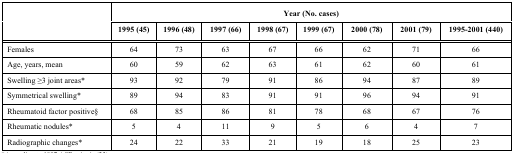
| <ROWSPAN=2>  | <COLSPAN=8> Year (No. cases) |
 | 1995 (45) | 1996 (48) | 1997 (66) | 1998 (67) | 1999 (67) | 2000 (78) | 2001 (79) | 1995-2001 (440) |
 | --- | --- | --- | --- | --- | --- | --- | --- | --- |
 | Female | 64 | 73 | 63 | 67 | 66 | 62 | 71 | 66 |
 | Age, years, mean | 60 | 59 | 62 | 63 | 61 | 62 | 60 | 61 |
 | Swelling ≥3 joint areas* | 93 | 92 | 79 | 91 | 86 | 94 | 87 | 89 |
 | Symmetrical swelling* | 89 | 94 | 83 | 91 | 91 | 96 | 94 | 91 |
 | Rheumatoid factor positive§ | 68 | 85 | 86 | 81 | 78 | 68 | 67 | 76 |
 | Rheumatic nodules* | 5 | 4 | 11 | 9 | 5 | 6 | 4 | 7 |
 | Radiographic changes* | 24 | 22 | 33 | 21 | 19 | 18 | 25 | 23 |